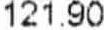
121.90